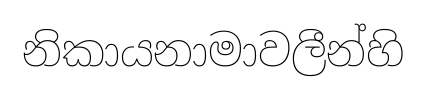
නිකායනාමාවලීන්හි